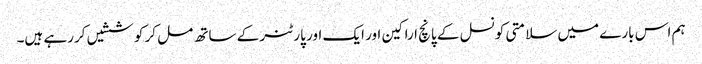
ہم اس بارے میں سلامتی کونسل کے پانچ اراکین اور ایک اور پارٹنر کے ساتھ مل کر کوششیں کررہے ہیں۔